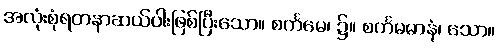
အလုံးစုံရတနာဆယ်ပါးဖြစ်ပြီးသော။ စင်္ကမေ၊ ၌။ စင်္ကမမာနံ၊ သော။